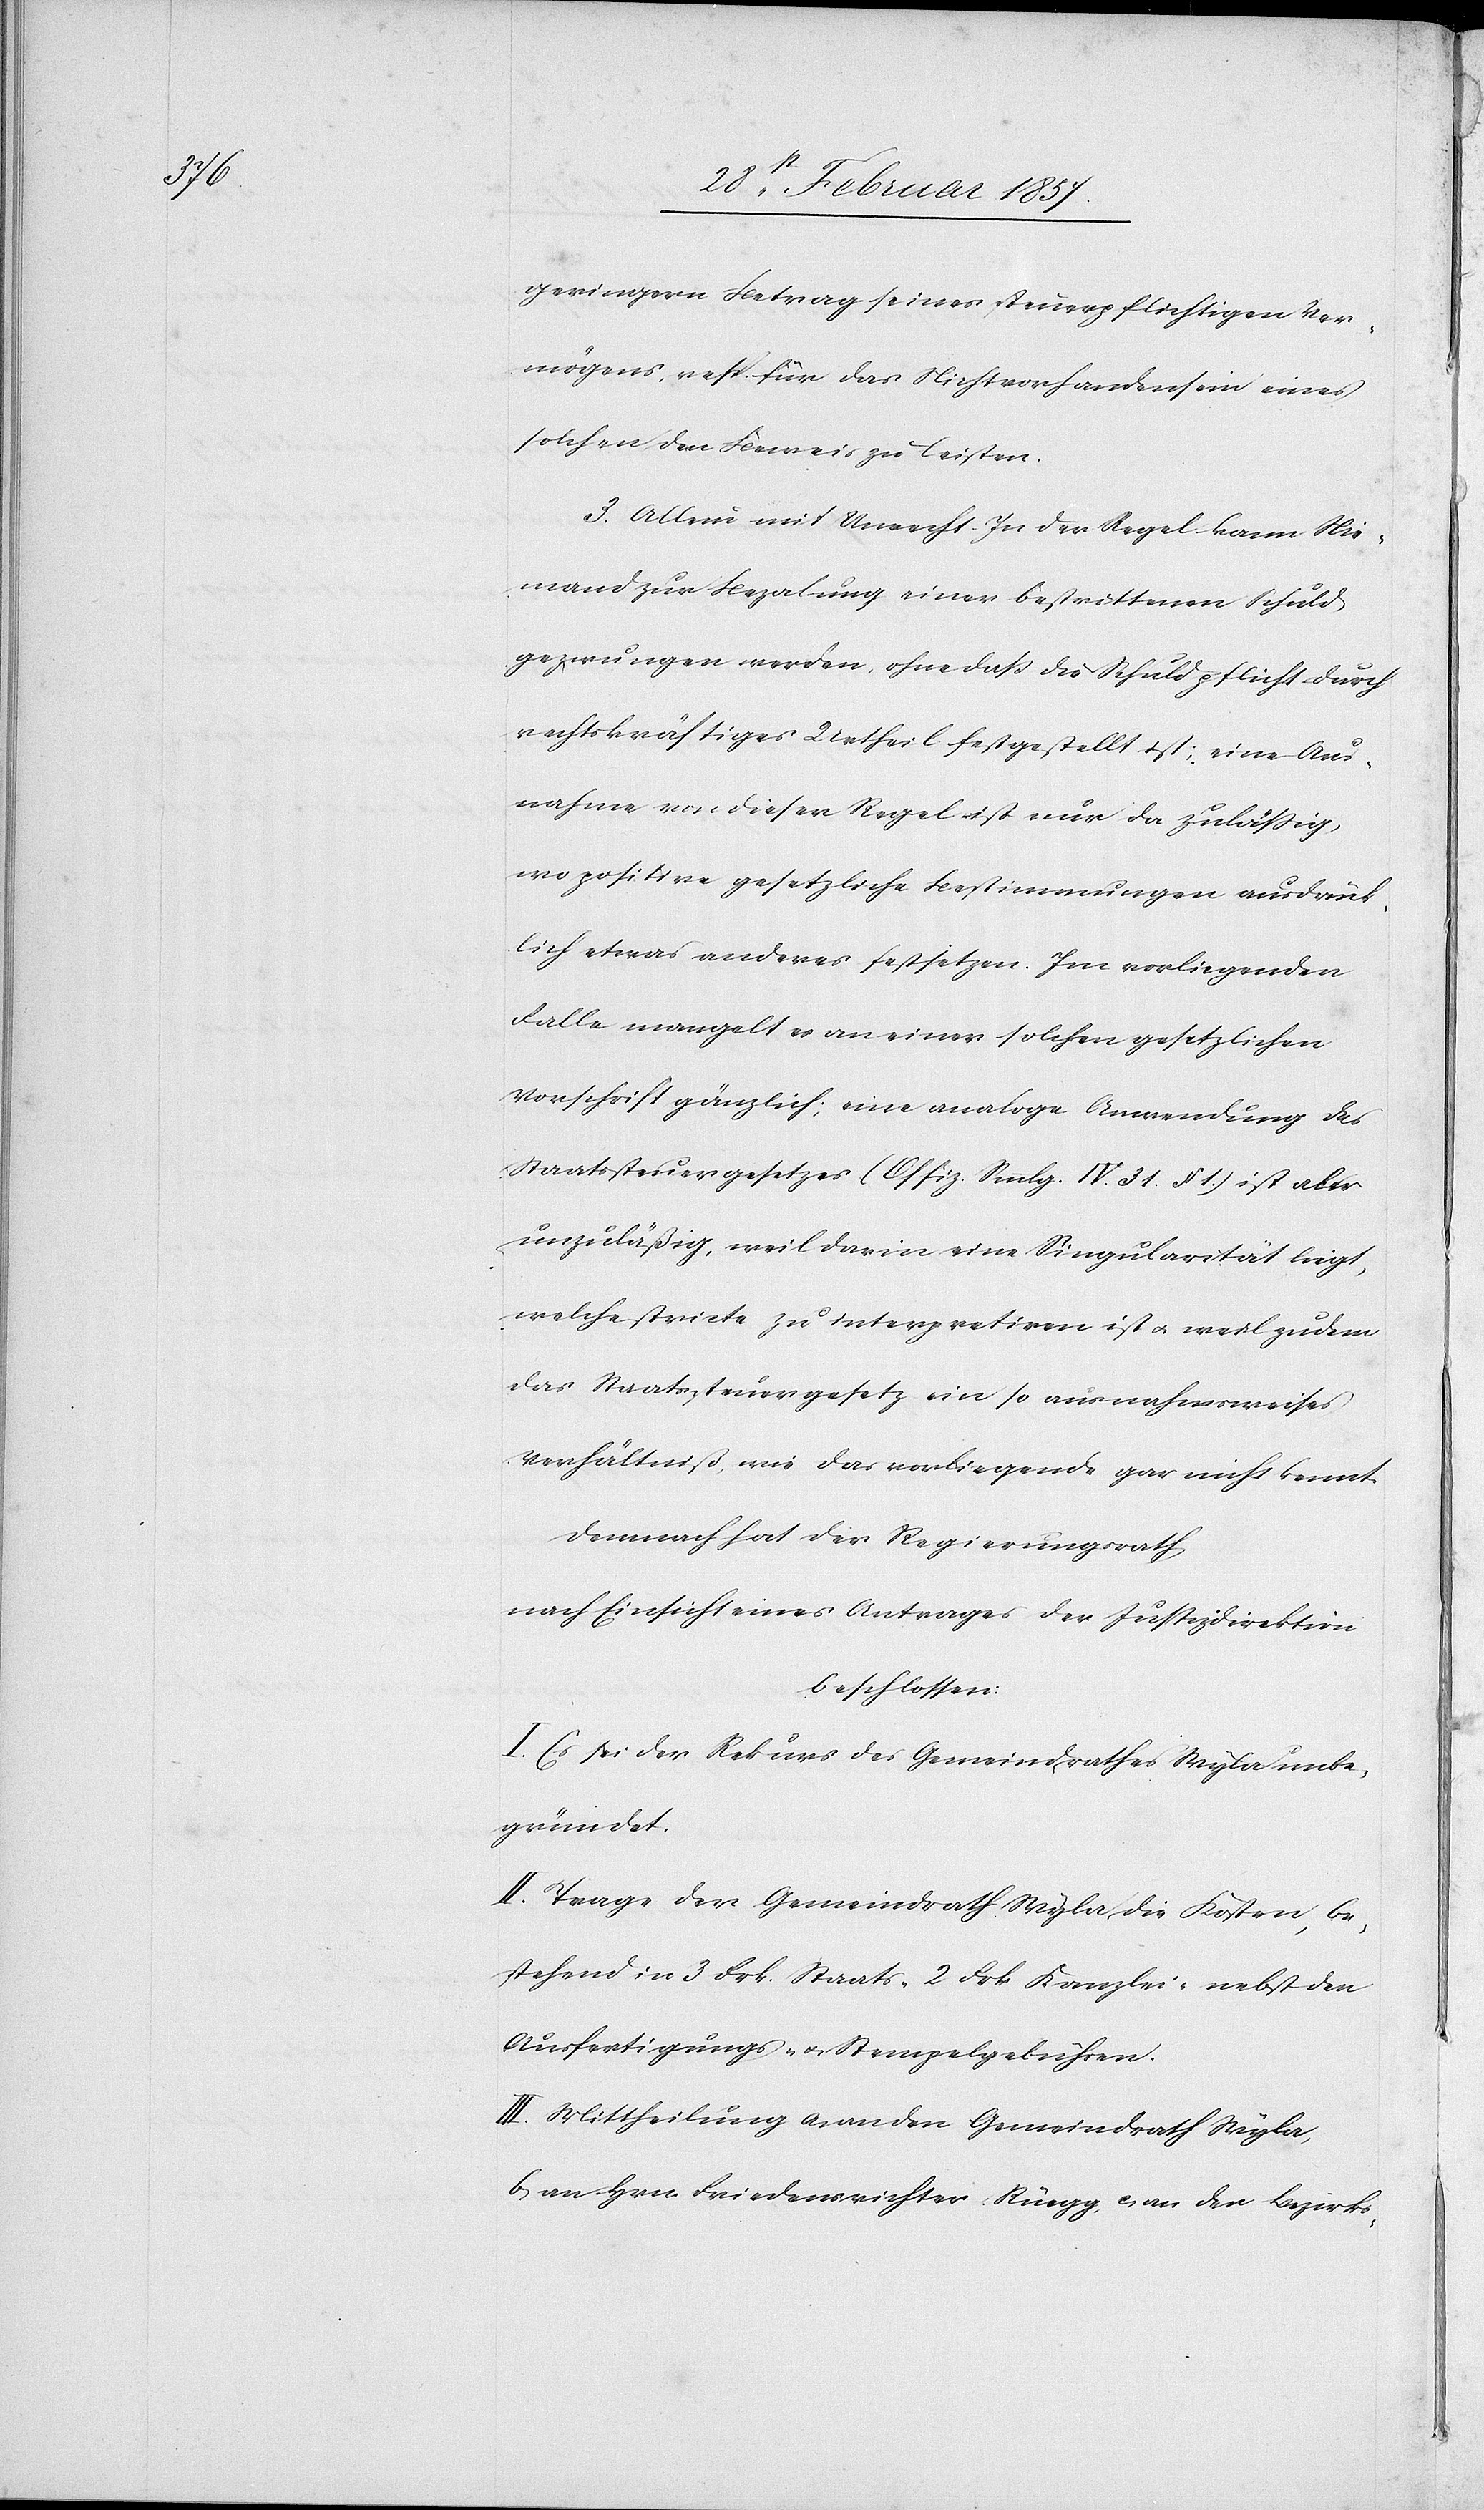
geringern Betrag seines Steuerpflichtigen Ver¬
mögens, resp. für das Nichtvorhandensein eines
solchen den Bewies zu leisten.
3. Allein mit Unrecht. In der Regel kann Nie¬
mand zur Bezalung einer bestrittenen Schuld
gezwungen werden, ohne daß die Schuldpflicht durch
rechtskräftiges Urtheil festgestellt ist; eine Aus¬
nahme von dieser Regel ist nur da zuläßig,
wo positive gesetzliche Bestimmungen ausdrück¬
lich etwas anderes festsetzen. Im vorliegenden
Falle mangelt es an einer solchen gesetzlichen
Vorschrift gänzlich; eine analoge Anwendung des
Staatssteuergesetzes (Offiz. Smmlg. IV. 31. § 1.) ist aber
unzuläßig, weil darin eine Singularität liegt,
welche stricte zu interpretiren ist u. weil zudem
das Staatssteuergesetz ein so ausnahmsweises
Verhältniß, wie das vorliegende gar nicht kennt.
Demnach hat der Regierungsrath
nach Einsicht eines Antrages der Justizdirektion
beschlossen:
I. Es sei der Rekurs des Gemeindrathes Wyla unbe¬
gründet.
II. Trage der Gemeindrath Wyla die Kosten, be¬
stehend in 3 Frk. Staats-[,] 2 Frk Kanzlei- nebst den
Ausfertigungs- u. Stempelgebühren.
III. Mittheilung a. an den Gemeindrath Wyla,
b. an Hrn. Friedensrichter Rüegg, c. an den Bezirks-